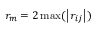
{ r _ { m } } = 2 \operatorname* { m a x } ( \left| \boldsymbol { r } _ { i j } \right| )